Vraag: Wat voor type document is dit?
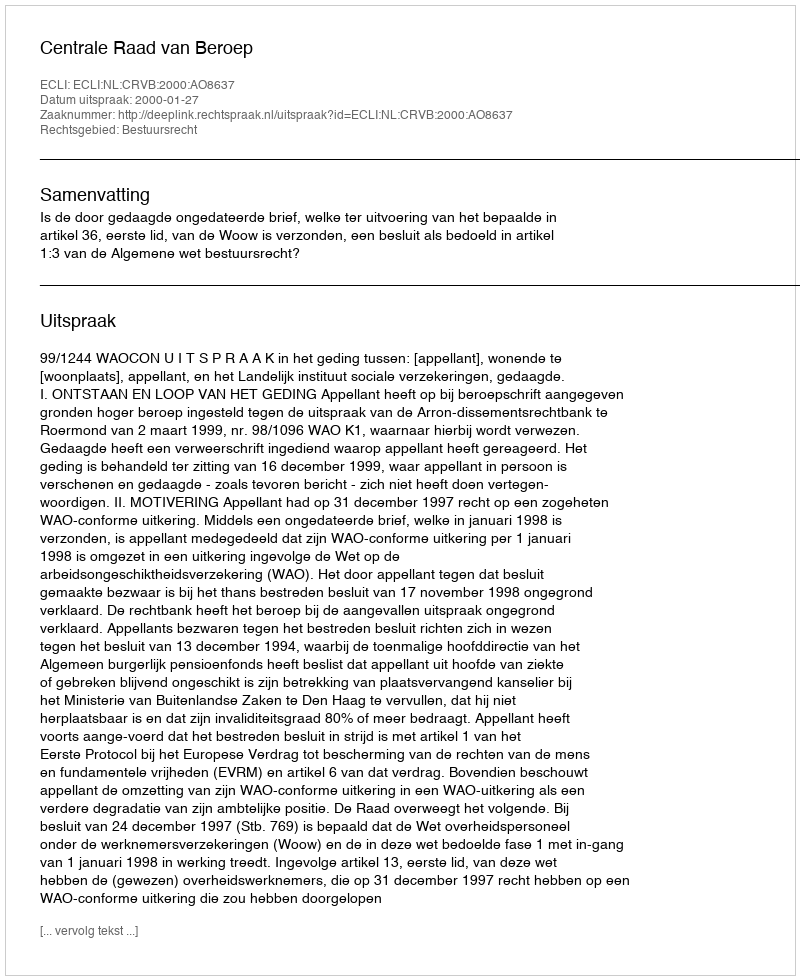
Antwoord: Uitspraak